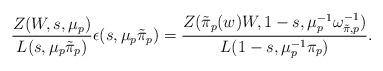
LaTeX: \begin{align*}\frac{Z(W,s,\mu_p)}{L(s,\mu_p\tilde{\pi}_{p})}\epsilon(s,\mu_p\tilde{\pi}_{p})=\frac{Z(\tilde{\pi}_p(w)W,1-s,\mu_p^{-1}\omega_{\tilde{\pi},p}^{-1})}{L(1-s,\mu_p^{-1}\pi_{p})}. \end{align*}